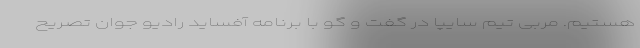
هستیم. مربی تیم سایپا در گفت و گو با برنامه آفساید رادیو جوان تصریح